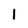
Character: 1